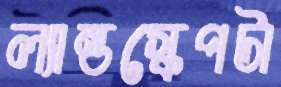
ল্যান্ডস্কেপটা